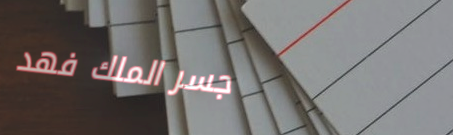
جسر الملك فهد